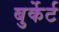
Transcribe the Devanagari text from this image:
बुर्केर्ट